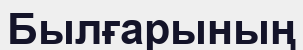
Былғарының